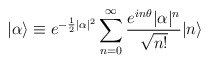
\begin{align*}|\alpha\rangle \equiv e^{-\frac{1}{2}|\alpha|^{2}}\sum_{n=0}^{\infty}\frac{e^{in\theta}|\alpha|^{n}}{\sqrt{n!}}|n\rangle\end{align*}